Vaccination North-Western Provinces 1866-1877 - 1866-1877
Year: 1866
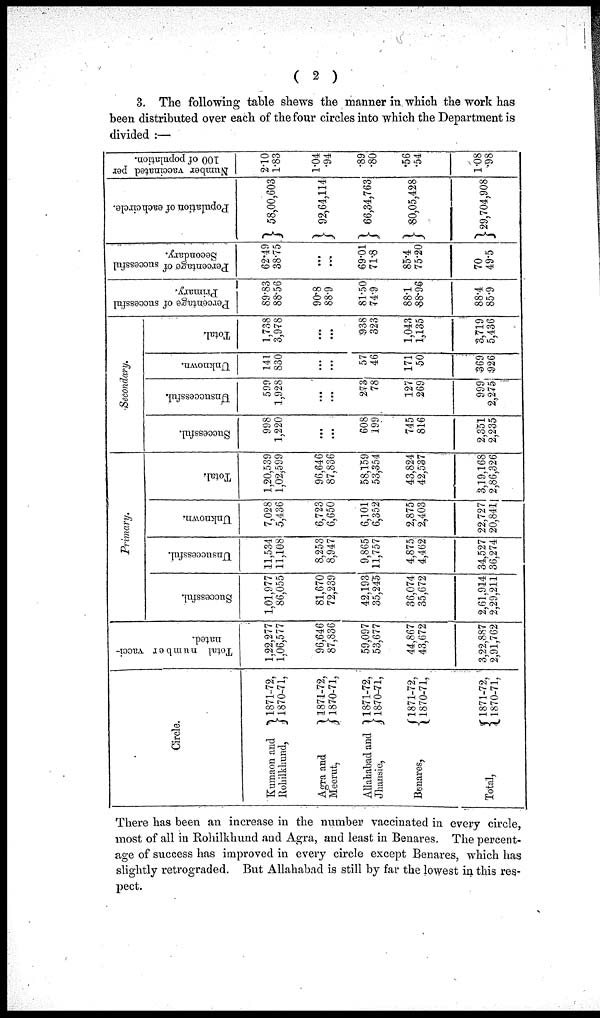
( 2 )
3. The following table shews the manner in which the work has
been distributed over each of the four circles into which the Department is
divided :—
Circle.
Kumaon and
Rohilkhund,
Agra and
Meerut,
Allahabad and
Jhansie,
Benares,
Total,
1871-72,
1870-71,
1871-72,
1870-71,
1871-72,
1870-71,
1871-72,
1870-71,
1871-72,
1870-71,
Total number vacci-
nated.
1,22,277
1,06,577
96,646
87,836
59,097
53,677
44,867
43,672
3,22,887
2,91,762
Primary.
Successful.
1,01,977
86,055
81,670
72,239
42,193
35,245
36,074
35,672
2,61,914
2,29,211
Unsuccessful.
11,534
11,108
8,253
8,947
9,865
11,757
4,875
4,462
34,527
36,274
Unknown.
7,028
5,436
6,723
6,650
6,101
6,352
2,875
2,403
22,727
20,841
Total.
1,20,539
1,02,599
96,646
87,836
58,159
53,354
43,824
42,537
3,19,168
2,86,326
Secondary.
Successful.
998
1,220
...
...
608
199
745
816
2,351
2,235
Unsuccessful.
599
1,928
...
...
273
78
127
269
999
2,275
Unknown.
141
830
...
...
57
46
171
50
369
926
Total.
1,738
3,978
...
...
938
323
1,043
1,135
3,719
5,436
Percentage of successful
Primary.
89.83
88.56
90.8
88.9
81.50
74.9
88.1
88.96
88.4
85.9
Percentage of successful
Secondary.
62.49
38.75
...
...
69.01
71.8
85.4
75.20
70
49.5
Population of each circle.
58,00,603
92,64,114
66,34,763
80,05,428
29,704,908
Number vaccinated per
100 of population.
2.10
1.83
1.04
.94
.89
.80
.56
.54
1.08
.98
There has been an increase in the number vaccinated in every circle,
most of all in Rohilkhund and Agra, and least in Benares. The percent-
age of success has improved in every circle except Benares, which has
slightly retrograded. But Allahabad is still by far the lowest in this res-
pect.